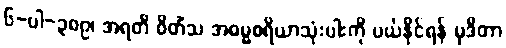
၆-ပါ-၃၈၉၊ အရတိ ဝိတိံသ အဓမ္မစရိယာသုံးပါးကို ပယ်နိုင်ရန် မုဒိတာ